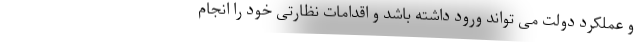
و عملکرد دولت می تواند ورود داشته باشد و اقدامات نظارتی خود را انجام